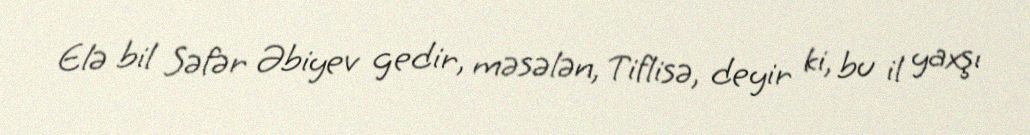
Elə bil Səfər Əbiyev gedir, məsələn, Tiflisə, deyir ki, bu il yaxşı